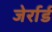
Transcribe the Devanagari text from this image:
जेर्रार्ड